Indian journal of veterinary science and animal husbandry - Volumes 18-21, 1948-1951
Year: 1948
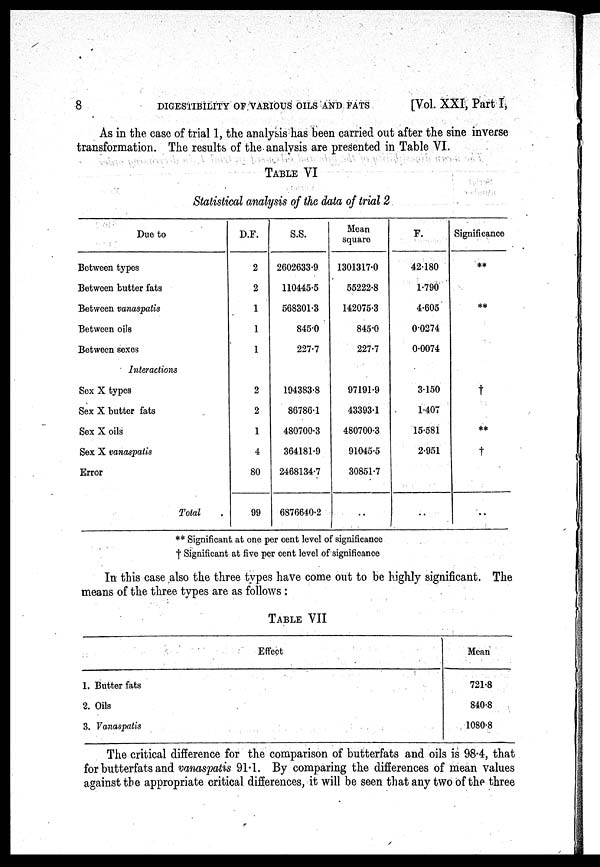
8
DIGESTIBILITY OF VARIOUS OILS AND FATS
[Vol. XXI, Part I,
As in the case of trial 1, the analysis has been carried out after the sine inverse
transformation. The results of the analysis are presented in Table VI.
TABLE VI
Statistical analysis of the data of trial 2
Due to
Between types
Between butter fats
Between vanaspatis
Between oils
Between sexes
Interactions
Sex X types
Sex X butter fats
Sex X oils
Sex X vanaspatis
Error
Total .
D.F.
2
2
1
1
1
2
2
1
4
80
99
S.S.
2602633.9
110445.5
568301.3
845.0
227.7
194383.8
86786.1
480700.3
364181.9
2468134.7
6876640.2
Mean
square
1301317.0
55222.8
142075.3
845.0
227.7
97191.9
43393.1
480700.3
91045.5
30851.7
..
F.
42.180
1.790
4.605
0.0274
0.0074
3.150
1.407
15.581
2.951
..
Significance
**
**
†
**
†
..
** Significant at one per cent level of significance
† Significant at five per cent level of significance
In this case also the three types have come out to be highly significant. The
means of the three types are as follows :
TABLE VII
Effect
1. Butter fats
2. Oils
3. Vanaspatis
Mean
721.8
840.8
1080.8
The critical difference for the comparison of butterfats and oils is 98.4, that
for butterfats and vanaspatis 91.1. By comparing the differences of mean values
against the appropriate critical differences, it will be seen that any two of the three